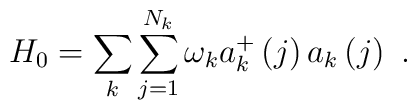
H_{0}=\sum_{k}\sum_{j=1}^{N_{k}}\omega _{k}a_{k}^{+}\left( j\right)a_{k}\left( j\right) \,\,.